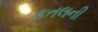
કતલની